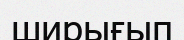
ширығып